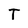
Character: T